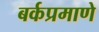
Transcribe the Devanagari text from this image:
बर्कप्रमाणे